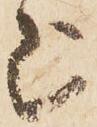
上